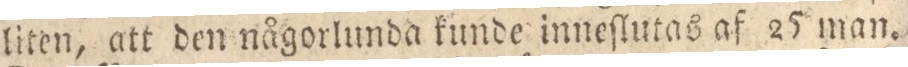
liten, att den någorlunda kunde inneſlutas af 25 man.